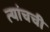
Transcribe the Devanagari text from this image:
त्यांचची